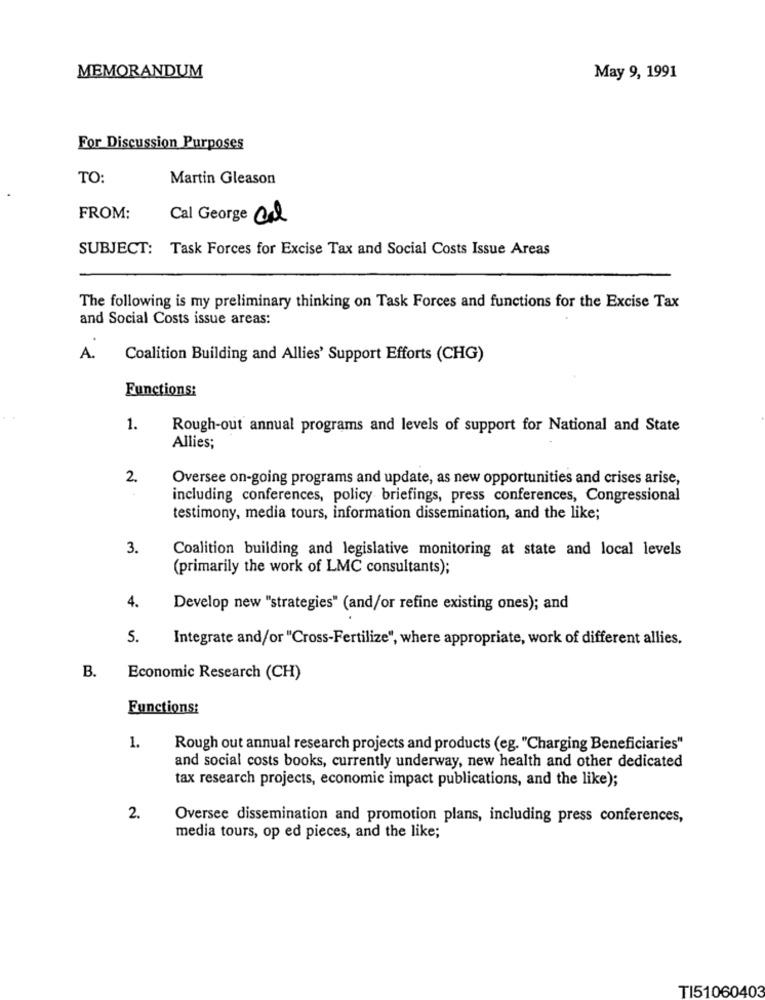
MEMORANDUM
May 9, 1991
For Discussion Purposes
TO:
Martin Gleason
FROM:
Cal George Cal
SUBJECT: Task Forces for Excise Tax and Social Costs Issue Areas
The following is my preliminary thinking on Task Forces and functions for the Excise Tax
and Social Costs issue areas:
A.
Coalition Building and Allies' Support Efforts (CHG)
Functions:
. .
1.
Rough-out' annual programs and levels of support for National and State
Allies;
2.
Oversee on-going programs and update, as new opportunities and crises arise,
including conferences, policy briefings, press conferences, Congressional
testimony, media tours, information dissemination, and the like;
3.
Coalition building and legislative monitoring at state and local levels
(primarily the work of LMC consultants);
4.
Develop new "strategies" (and/or refine existing ones); and
5.
Integrate and/or "Cross-Fertilize", where appropriate, work of different allies,
B.
Economic Research (CH)
Functions:
1.
Rough out annual research projects and products (eg. "Charging Beneficiaries"
and social costs books, currently underway, new health and other dedicated
tax research projects, economic impact publications, and the like);
2.
Oversee dissemination and promotion plans, including press conferences,
media tours, op ed pieces, and the like;
TI51060403